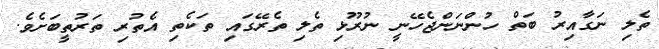
ތެލި ނަގާއިރު ބަތް ހުންނަންޖެހޭނީ ނުރޫޅި ތެލި ތެރޭގައި ތަކެތި އެތުރި ތަރުތީބަށެވެ.